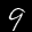
Digit: 9